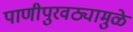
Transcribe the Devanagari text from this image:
पाणीपुरवठ्यामुळे